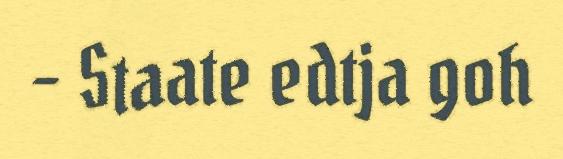
- Staate edtja goh